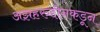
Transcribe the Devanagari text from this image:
अझहरुद्दीनकडून